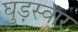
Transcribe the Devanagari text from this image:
घुड़स्वार